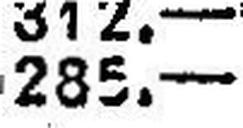
285.—